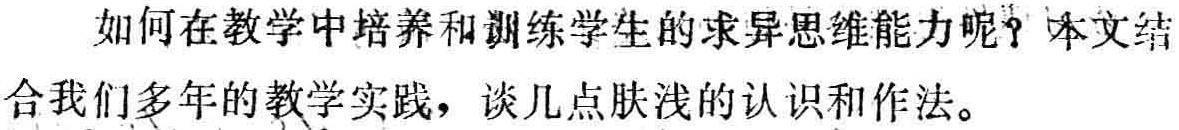
如何在教学中培养和训练学生的求异思维能力呢？本文结合我们多年的教学实践，谈几点肤浅的认识和作法。